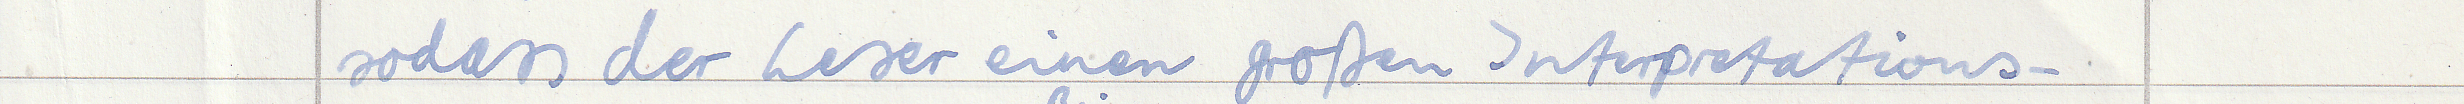
sodass der Leser einen großen Interpretations -